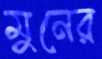
মুনের